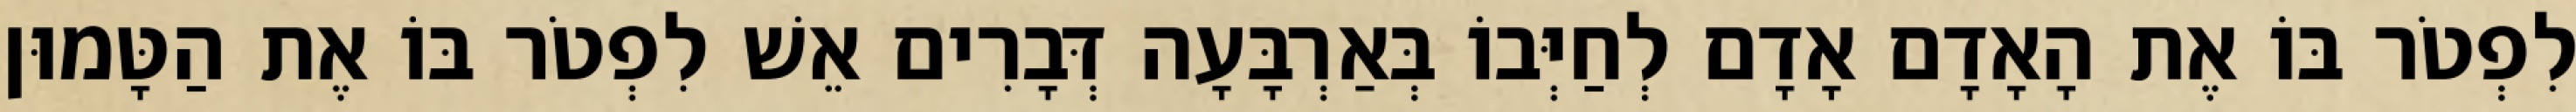
לִפְטֹר בּוֹ אֶת הָאָדָם אָדָם לְחַיְּבוֹ בְּאַרְבָּעָה דְּבָרִים אֵשׁ לִפְטֹר בּוֹ אֶת הַטָּמוּן